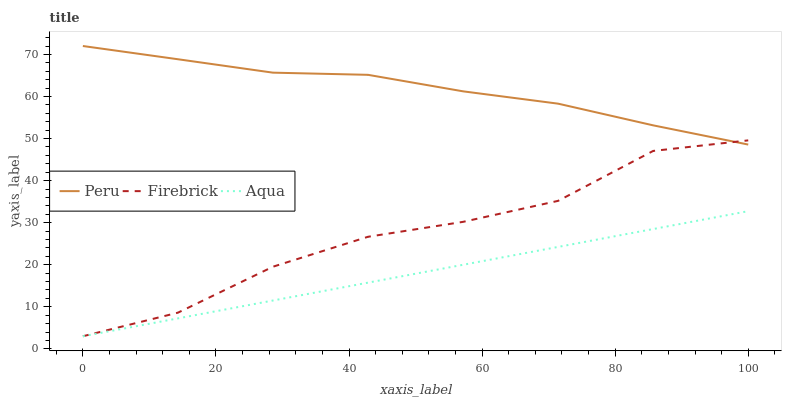
| xaxis_label | Peru | Firebrick | Aqua |
 | --- | --- | --- | --- |
 | 0 | 72 | 3 | 3 |
 | 14.3 | 68.9 | 8.6 | 7.25 |
 | 28.6 | 65.7 | 19.5 | 11.5 |
 | 42.9 | 65.2 | 26.6 | 15.7 |
 | 57.1 | 61.2 | 30.2 | 20 |
 | 71.4 | 58.3 | 35.2 | 24.2 |
 | 85.7 | 53.1 | 47.1 | 28.5 |
 | 100 | 48.6 | 49.6 | 32.7 |